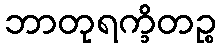
ဘာတုရက္ခိတဉ္စ